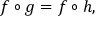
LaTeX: f \circ g = f \circ h ,